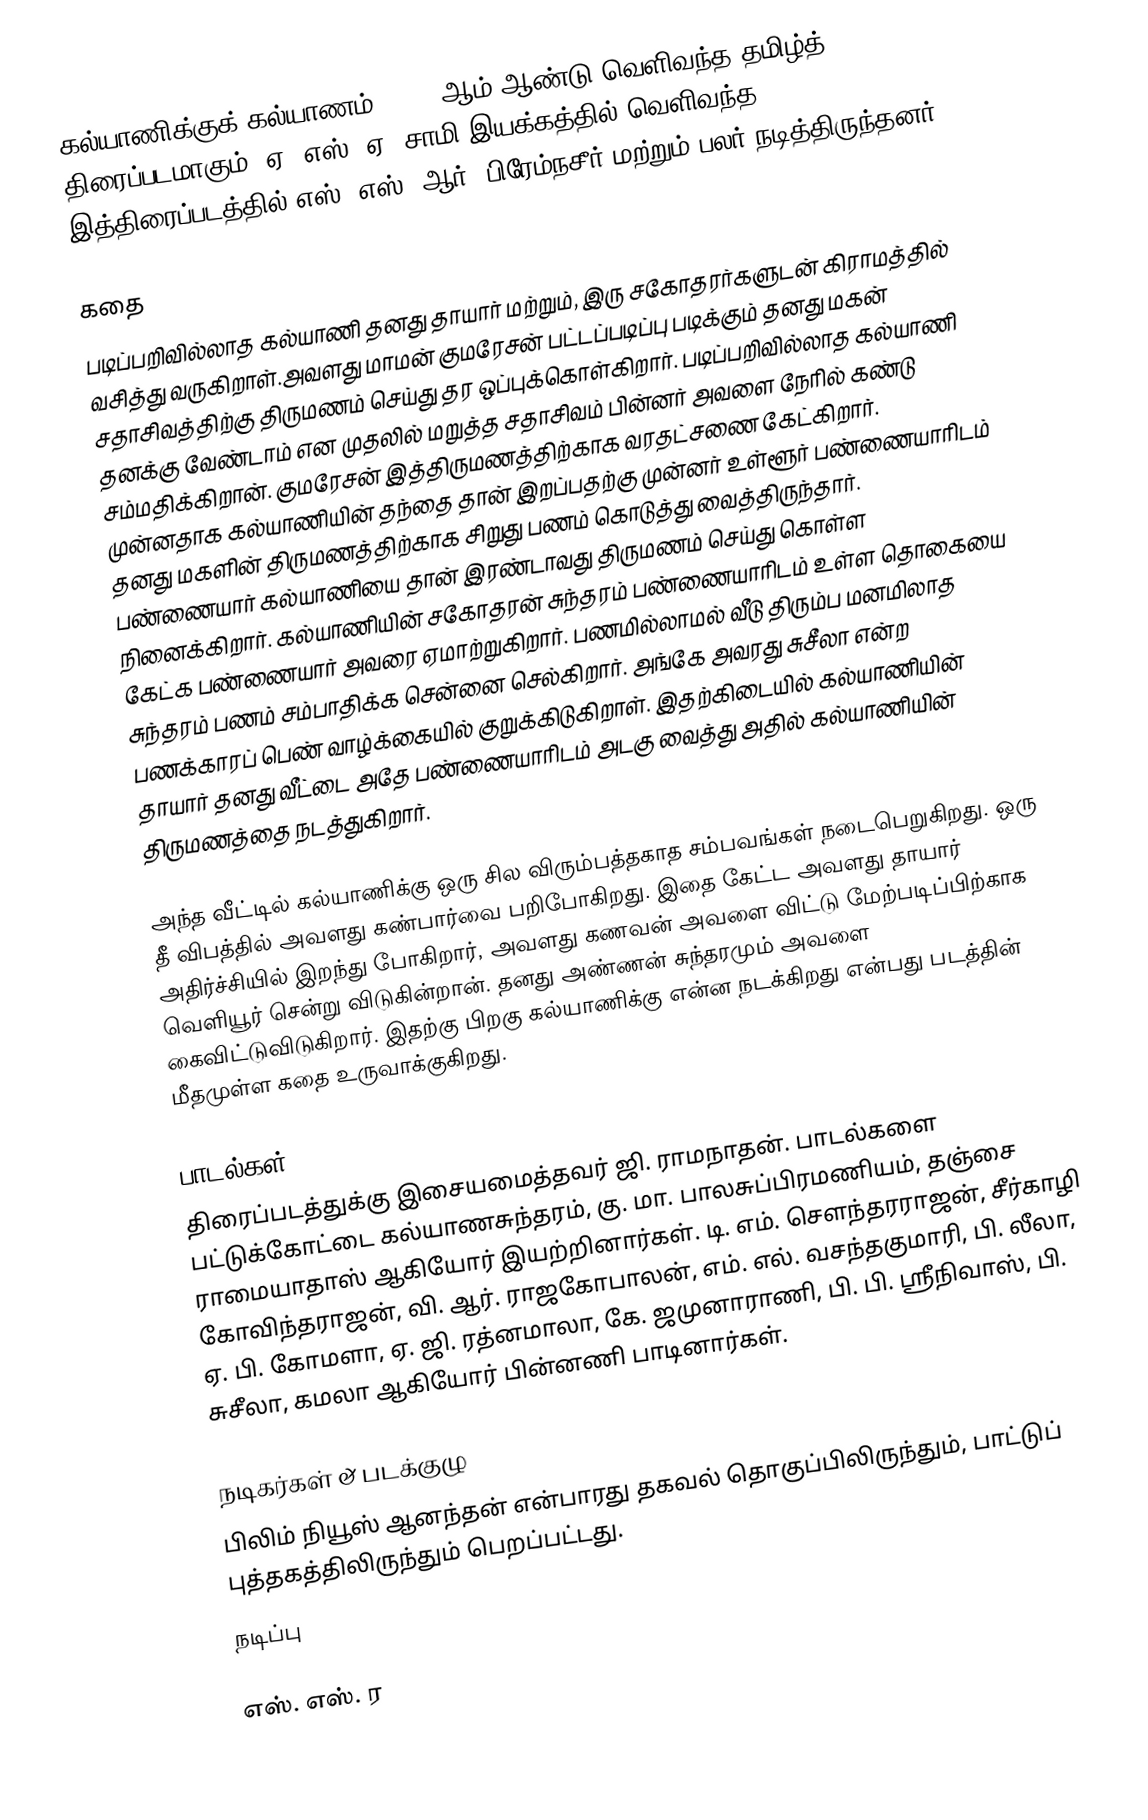
கல்யாணிக்குக் கல்யாணம், 1959 ஆம் ஆண்டு வெளிவந்த தமிழ்த் திரைப்படமாகும். ஏ. எஸ். ஏ. சாமி இயக்கத்தில் வெளிவந்த இத்திரைப்படத்தில் எஸ். எஸ். ஆர், பிரேம்நசீர் மற்றும் பலர் நடித்திருந்தனர்.

கதை
படிப்பறிவில்லாத கல்யாணி தனது தாயார் மற்றும், இரு சகோதரர்களுடன் கிராமத்தில் வசித்து வருகிறாள்.அவளது மாமன் குமரேசன் பட்டப்படிப்பு படிக்கும் தனது மகன் சதாசிவத்திற்கு திருமணம் செய்து தர ஒப்புக்கொள்கிறார். படிப்பறிவில்லாத கல்யாணி தனக்கு வேண்டாம் என முதலில் மறுத்த சதாசிவம் பின்னர் அவளை நேரில் கண்டு சம்மதிக்கிறான். குமரேசன் இத்திருமணத்திற்காக வரதட்சணை கேட்கிறார். முன்னதாக கல்யாணியின் தந்தை தான் இறப்பதற்கு முன்னர் உள்ளூர் பண்ணையாரிடம் தனது மகளின் திருமணத்திற்காக சிறுது பணம் கொடுத்து வைத்திருந்தார். பண்ணையார் கல்யாணியை தான் இரண்டாவது திருமணம் செய்து கொள்ள நினைக்கிறார். கல்யாணியின் சகோதரன் சுந்தரம் பண்ணையாரிடம் உள்ள தொகையை கேட்க  பண்ணையார் அவரை ஏமாற்றுகிறார். பணமில்லாமல் வீடு திரும்ப மனமிலாத சுந்தரம் பணம் சம்பாதிக்க சென்னை செல்கிறார்.  அங்கே அவரது சுசீலா என்ற பணக்காரப் பெண் வாழ்க்கையில் குறுக்கிடுகிறாள். இதற்கிடையில் கல்யாணியின் தாயார் தனது வீட்டை அதே பண்ணையாரிடம் அடகு வைத்து அதில் கல்யாணியின் திருமணத்தை நடத்துகிறார்.

அந்த வீட்டில் கல்யாணிக்கு ஒரு சில விரும்பத்தகாத சம்பவங்கள் நடைபெறுகிறது. ஒரு தீ விபத்தில் அவளது கண்பார்வை பறிபோகிறது. இதை கேட்ட அவளது தாயார் அதிர்ச்சியில் இறந்து போகிறார், அவளது கணவன் அவளை விட்டு மேற்படிப்பிற்காக வெளியூர் சென்று விடுகின்றான். தனது அண்ணன் சுந்தரமும் அவளை கைவிட்டுவிடுகிறார். இதற்கு பிறகு கல்யாணிக்கு என்ன நடக்கிறது என்பது படத்தின் மீதமுள்ள கதை உருவாக்குகிறது.

பாடல்கள்
திரைப்படத்துக்கு இசையமைத்தவர் ஜி. ராமநாதன். பாடல்களை பட்டுக்கோட்டை கல்யாணசுந்தரம், கு. மா. பாலசுப்பிரமணியம், தஞ்சை ராமையாதாஸ் ஆகியோர் இயற்றினார்கள். டி. எம். சௌந்தரராஜன், சீர்காழி கோவிந்தராஜன், வி. ஆர். ராஜகோபாலன், எம். எல். வசந்தகுமாரி, பி. லீலா, ஏ. பி. கோமளா, ஏ. ஜி. ரத்னமாலா, கே. ஜமுனாராணி, பி. பி. ஸ்ரீநிவாஸ், பி. சுசீலா, கமலா ஆகியோர் பின்னணி பாடினார்கள்.

நடிகர்கள் & படக்குழு
பிலிம் நியூஸ் ஆனந்தன் என்பாரது தகவல் தொகுப்பிலிருந்தும், பாட்டுப் புத்தகத்திலிருந்தும் பெறப்பட்டது.
நடிப்பு

எஸ். எஸ். ர